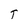
Character: T